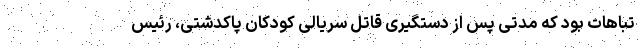
تباهات بود که مدتی پس از دستگیری قاتل سریالی کودکان پاکدشتی، رئیس